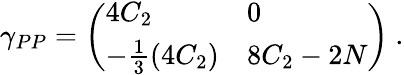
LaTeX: \gamma_{PP}=\left(\begin{array}{ll}{{4C_{2}}}&{{0}}\\ {{-{\frac{1}{3}}(4C_{2})}}&{{8C_{2}-2N}}\end{array}\right)\ .